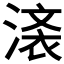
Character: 𣺒